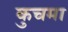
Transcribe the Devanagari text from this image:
कुचमा